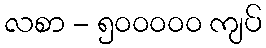
လစာ - ၅၀၀၀၀၀ ကျပ်